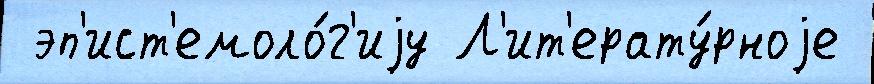
 эп'ист'емоло́г'иjу Л'ит'ерату́рноjе